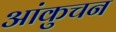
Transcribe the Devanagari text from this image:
आंकुचन